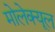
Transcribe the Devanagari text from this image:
मोलेक्यूल